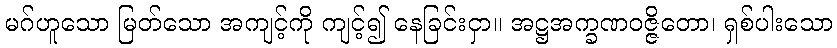
မဂ်ဟူသော မြတ်သော အကျင့်ကို ကျင့်၍ နေခြင်းငှာ။ အဋ္ဌအက္ခဏဝဇ္ဇိတော၊ ရှစ်ပါးသော